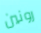
رونين